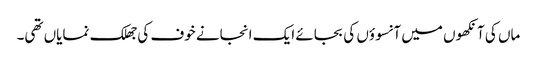
ماں کی آنکھوں میں آنسوؤں کی بجائے ایک انجانے خوف کی جھلک نمایاں تھی۔